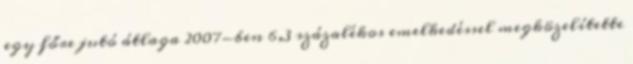
egy főre jutó átlaga 2007-ben 6,3 százalékos emelkedéssel megközelítette